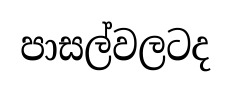
පාසල්වලටද